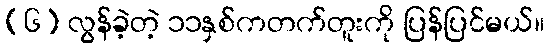
(၆) လွန်ခဲ့တဲ့ ၁၁နှစ်ကတက်တူးကို ပြန်ပြင်မယ်။